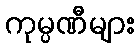
ကုမ္ပဏီများ